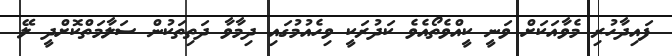
ފައިދާހުރި މެވާއަކަށް ވަނީ ކީއްވެތޯއެވެ ކަދުރަކީ ވިހެއުމުގައި ދިމާވާ ދަތިތަކުން ސަލާމަތްކޮށްދީ ލޭ